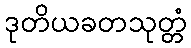
ဒုတိယခတသုတ္တံ